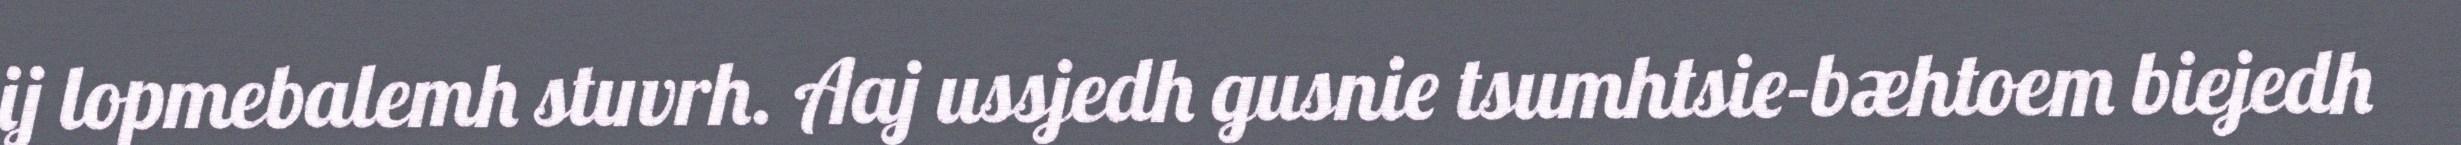
ij lopmebalemh stuvrh. Aaj ussjedh gusnie tsumhtsie-bæhtoem biejedh